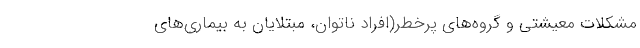
مشکلات معیشتی و گروه‌های پرخطر(افراد ناتوان، مبتلایان به بیماری‌های